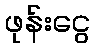
ဖုန်းငွေ